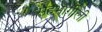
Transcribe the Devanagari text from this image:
सहभागीली